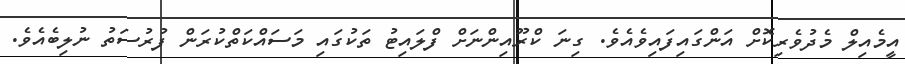
އީމެއިލް މެދުވެރިކޮށް އަންގައިފައިވެއެވެ. ގިނަ ކްރޫއިންނަށް ފްލައިޓު ތަކުގައި މަސައްކަތްކުރަން ފުރުސަތު ނުލިބެއެވެ.